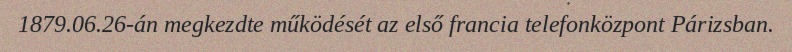
1879.06.26-án megkezdte működését az első francia telefonközpont Párizsban.